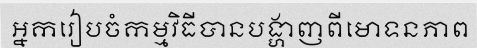
អ្នករៀបចំកម្មវិធីបានបង្ហាញពីមោទនភាព